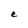
Character: e